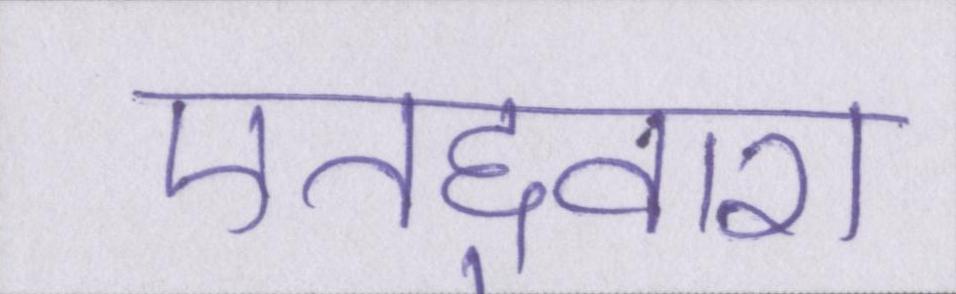
एतद्द्वारा